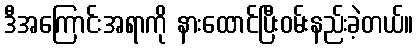
ဒီအကြောင်းအရာကို နားထောင်ပြီးဝမ်းနည်းခဲ့တယ်။